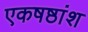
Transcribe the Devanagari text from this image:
एकषष्ठांश